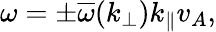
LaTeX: \omega=\pm\overline{{\omega}}(k_{\perp})k_{\parallel}v_{A},